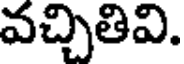
వచ్చితివి.